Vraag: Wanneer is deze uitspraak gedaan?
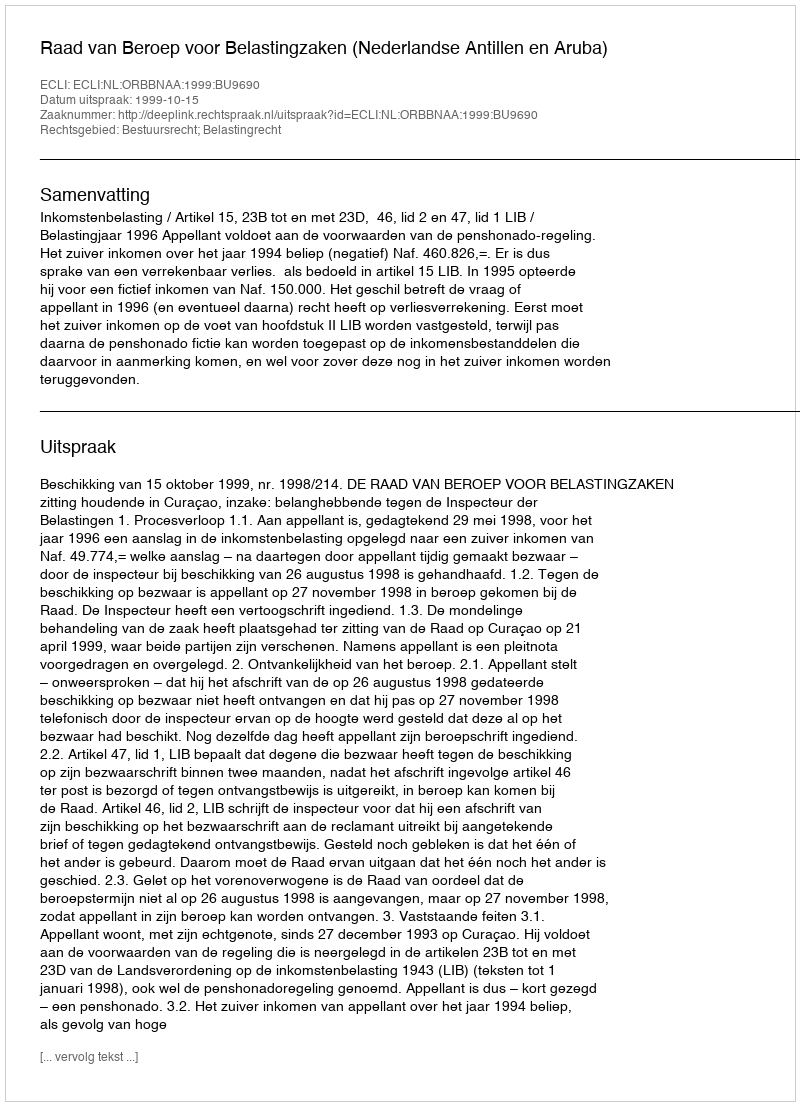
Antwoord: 1999-10-15